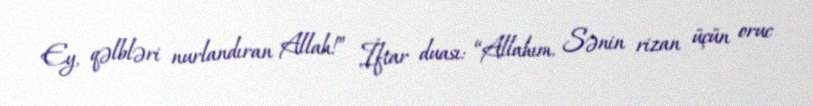
Ey, qəlbləri nurlandıran Allah!” İftar duası: “Allahım, Sənin rizan üçün oruc